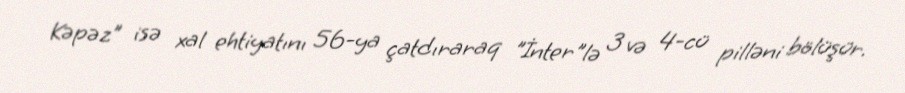
Kəpəz" isə xal ehtiyatını 56-ya çatdıraraq "İnter"lə 3 və 4-cü pilləni bölüşür.